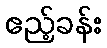
ဧည့်ခန်း